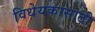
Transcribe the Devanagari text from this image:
विधेयकासाठी